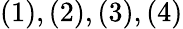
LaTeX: (1),(2),(3),(4)